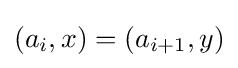
(a_{i},x)=(a_{i+1},y)